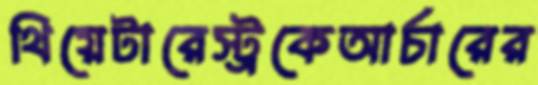
থিয়েটারেস্ট্রকেআর্চারের